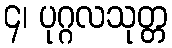
၄၊ ပုဂ္ဂလသုတ္တ